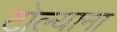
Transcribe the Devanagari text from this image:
टोल्याना